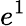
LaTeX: e^{1}